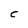
Character: C